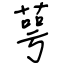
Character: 萼